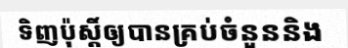
ទិញប៉ុស្តិ៍ឲ្យបានគ្រប់ចំនួននិង